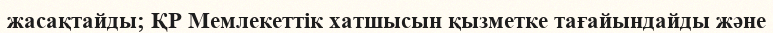
жасақтайды; ҚР Мемлекеттік хатшысын қызметке тағайындайды және